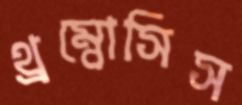
থ্রম্বোসিস